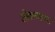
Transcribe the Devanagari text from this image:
ओक्लाहामा